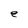
Character: e